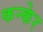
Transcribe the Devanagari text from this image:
कन्केर